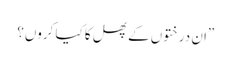
”ان درختوں کے پھل کا کیا کروں؟